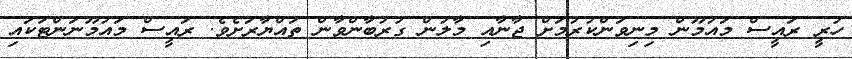
ހުރީ ރައީސް މައުމޫން މިނިވަންކުރުމަށް ޖާނާއި މާލުން ގުރުބާންވާން ތައްޔާރަށެވެ. ރައީސް މައުމޫނަންޓަކައި